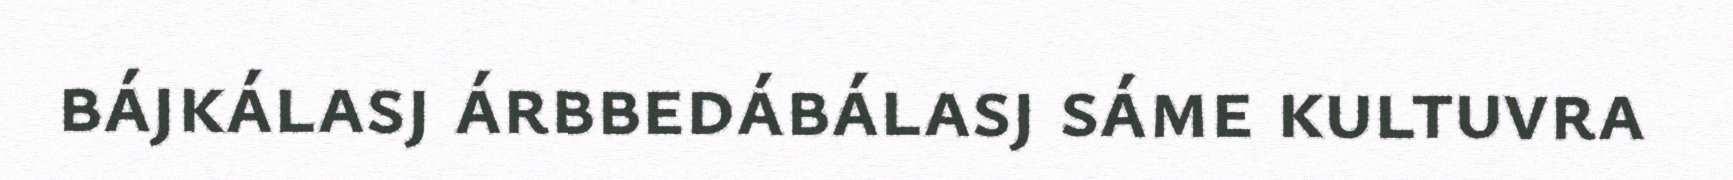
bájkálasj árbbedábálasj sáme kultuvra